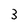
Character: 3